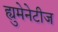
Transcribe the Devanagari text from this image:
ह्युमेनेटीज